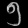
Digit: ၅